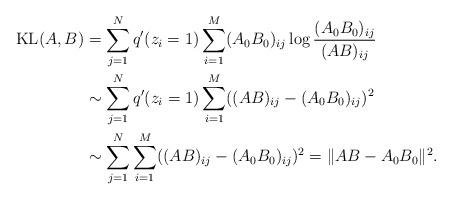
LaTeX: \begin{align*}\mathrm{KL}(A,B)&=\sum_{j=1}^N q'(z_i=1) \sum_{i=1}^M (A_0B_0)_{ij} \log \frac{(A_0B_0)_{ij}}{(AB)_{ij}} \\&\sim \sum_{j=1}^N q'(z_i=1) \sum_{i=1}^M ((AB)_{ij} - (A_0B_0)_{ij} )^2 \\&\sim \sum_{j=1}^N \sum_{i=1}^M ((AB)_{ij} - (A_0B_0)_{ij} )^2 = \|AB-A_0B_0\|^2.\end{align*}